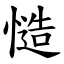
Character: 慥